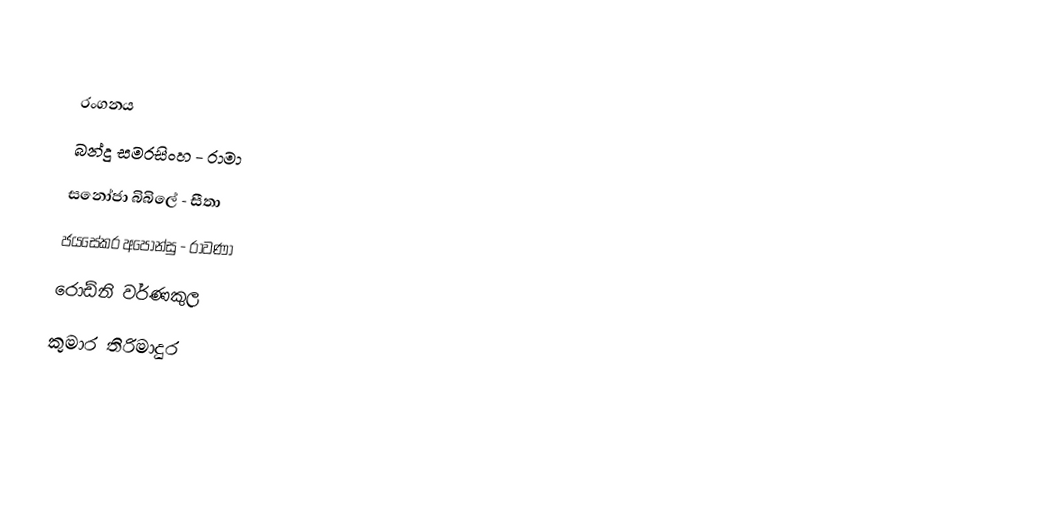

රංගනය
බන්දු සමරසිංහ - රාමා
සනෝජා බිබිලේ - සීතා
ජයසේකර අපොන්සු - රාවණා
රොඩ්නි වර්ණකුල
කුමාර තිරිමාදුර